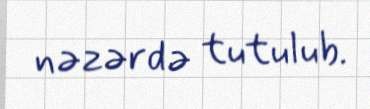
nəzərdə tutulub.